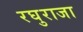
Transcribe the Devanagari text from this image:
रघुराजा